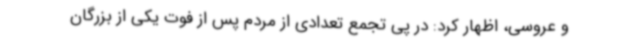
و عروسی، اظهار کرد: در پی تجمع تعدادی از مردم پس از فوت یکی از بزرگان